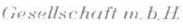
Gesellschaft m.b.H.